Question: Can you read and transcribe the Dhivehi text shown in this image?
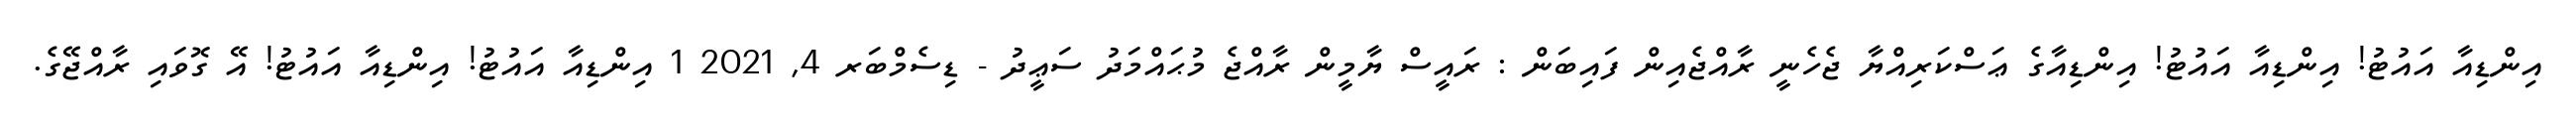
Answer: އިންޑިއާ އައުޓު! އިންޑިއާ އައުޓު! އިންޑިއާގެ ޢަސްކަރިއްޔާ ޖެހެނީ ރާއްޖެއިން ފައިބަން : ރައީސް ޔާމީން ރާއްޖެ މުޙައްމަދު ސަޢީދު - ޑިސެމްބަރ 4, 2021 1 އިންޑިއާ އައުޓު! އިންޑިއާ އައުޓު! އޭ ގޮވައި ރާއްޖޭގެ.